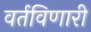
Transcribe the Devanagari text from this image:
वर्तविणारी